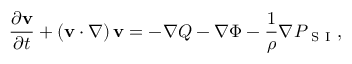
\frac { \partial \mathbf { v } } { \partial t } + \left( \mathbf { v } \cdot \nabla \right) \mathbf { v } = - \nabla Q - \nabla \Phi - \frac { 1 } { \rho } \nabla P _ { \mathrm { ~ S ~ I ~ } } ,